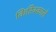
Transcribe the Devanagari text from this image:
किरिक्काले